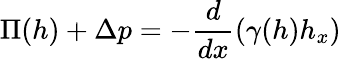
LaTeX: \Pi(h)+\Delta p=-\frac{d}{dx}\left(\gamma(h)h_{x}\right)